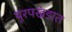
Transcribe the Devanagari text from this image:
यूरपखंडात